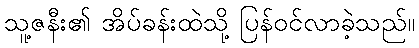
သူ့ဇနီး၏ အိပ်ခန်းထဲသို့ ပြန်ဝင်လာခဲ့သည်။